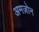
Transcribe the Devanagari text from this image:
अमज़ोन